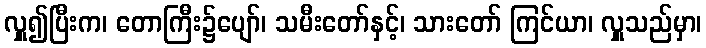
လှူ၍ပြီးက၊ တောကြီး၌ပျော်၊ သမီးတော်နှင့်၊ သားတော် ကြင်ယာ၊ လှူသည်မှာ၊